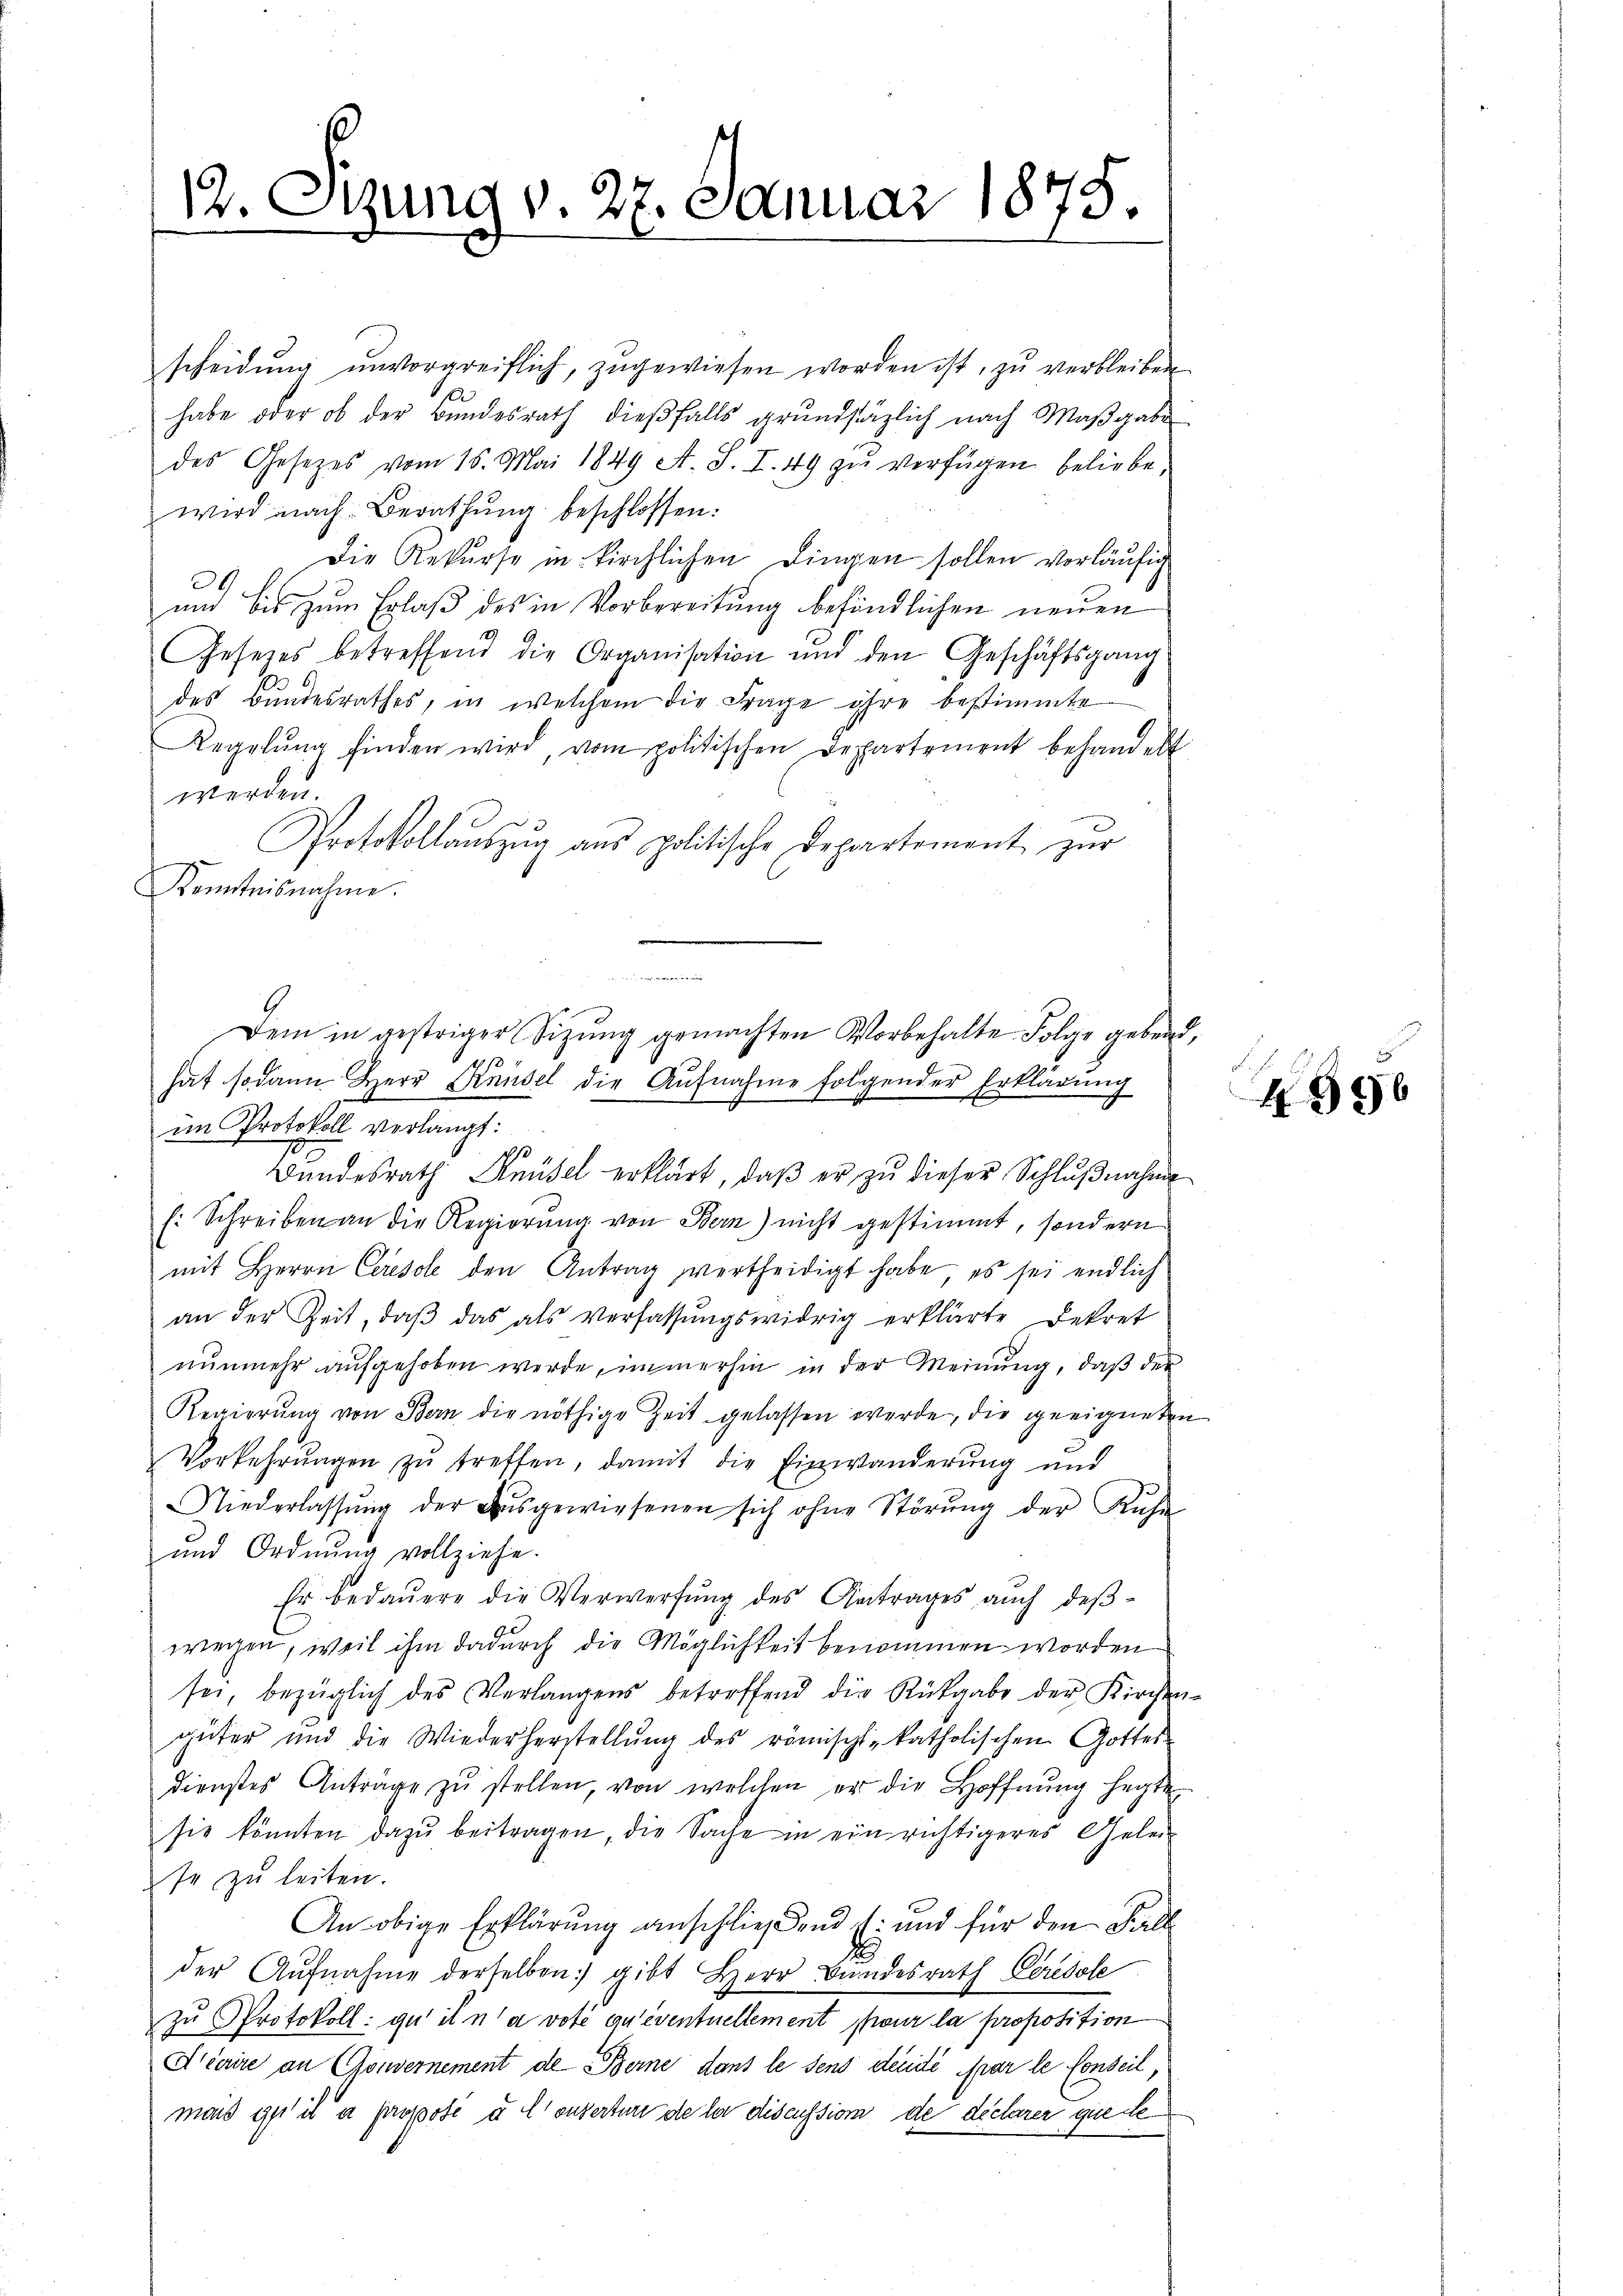
12. Sizung v. 27. Januar 1875.

scheidŭng ŭnvorgreiflich, zugewiesen worden ist, zu verbleiben
habe oder ob der Bundesrath dießfalls grundstäglich nach Maßgabe
des Gesetzes vom 16. Mai 1849 A. S. I. 49 zu verfügen beliebe,
wird nach Berathung beschlossen:
Die Rekurse in kirchlichen Dingen sollen vorläufig
und bis zum Erlaß des in Vorbereitung befindlichen neuen
Gesetzes betreffend die Organisation und den Geschäftsgang
des Bundesrathes, in welchem die Frage ihre bestimmte
Regelŭng finden wird, vom politischen Departement behandelt
werden.
Protokollaŭszŭg aŭs politische Departement zŭr
Kenntnisnahme.
im Protokoll verlangt:
79
Bundesrath Knüsel erklärt, daß er zu dieser Schlußnahme
E: Schreiben an die Regierŭng von Bern) nicht gestimmt, sondern
mit Herrn Ceresole den Antrag vertheidigt habe, es sei endlich
an der Zeit, daβ das als Verfassŭngswidrig erklärte Bekret
nŭnmehr aŭfgehoben werde, immerhin in der Meinŭng, daβ der
Regierung von Bern die nöthige Zeit gelassen werde, die geeigneten
Vorkehrŭngen zŭ treffen, damit die Einwanderung und
Niederlassŭng der aŭsgewiesenen sich ohne Störŭng der Rŭhe
und Ordnŭng vollziehe.
Er bedauere die Verwerfung des Antrages auch deβ-
wegen, weil ihm dadurch die Möglichkeit benommen worden
sei, bezüglich des Verlangens betreffend die Rückgabe der Kirchen-
güter und die Wiederherstellung des römisch-katholischen Gottes-
dienstes Antrage zu stellen, von welchen er die Hoffnung herzte
sie könnten dazŭ beitragen, die Sache in ein richtigeres Gelei
se zu leiten.
An obige Erklärung anschließend E. und für den Fall
der Aŭfnahme derselben gibt Herr Bundesrath Ceredole
zu Protokoll: qu’ il n’a voté qu’eventuellement pour la proposition
Qriaire an Gouvernement de Berne dans le sens deute par le Conseil,
mais ist il a propose u. Conzerture de la discussion de declarer geste

de Linie
Dem in gestriger Sitzŭng gemachten Vorbehalte Folge gebend,
hat sodann Herr Knüsel die Aufnahme folgender Erklärung

4996